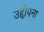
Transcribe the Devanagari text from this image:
उद्दीपना